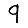
Digit: 9